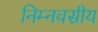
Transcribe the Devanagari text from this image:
निम्नवसीय